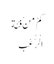
کَمْ مِنْ فِئَةٍ
الْرُّعْبَ